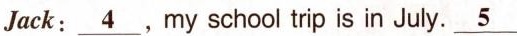
__Jack:_4,my school trip is in July.5